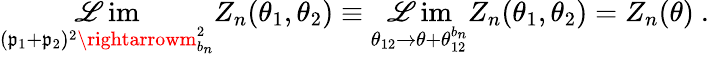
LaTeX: \operatorname*{\mathscr{L}im}_{(\mathfrak{p}_{1}+\mathfrak{p}_{2})^{2}\rightarrowm_{b_{n}}^{2}}Z_{n}(\theta_{1},\theta_{2})\equiv\operatorname*{\mathscr{L}im}_{\theta_{12}\rightarrow\theta+\theta_{12}^{b_{n}}}Z_{n}(\theta_{1},\theta_{2})=Z_{n}(\theta)~.